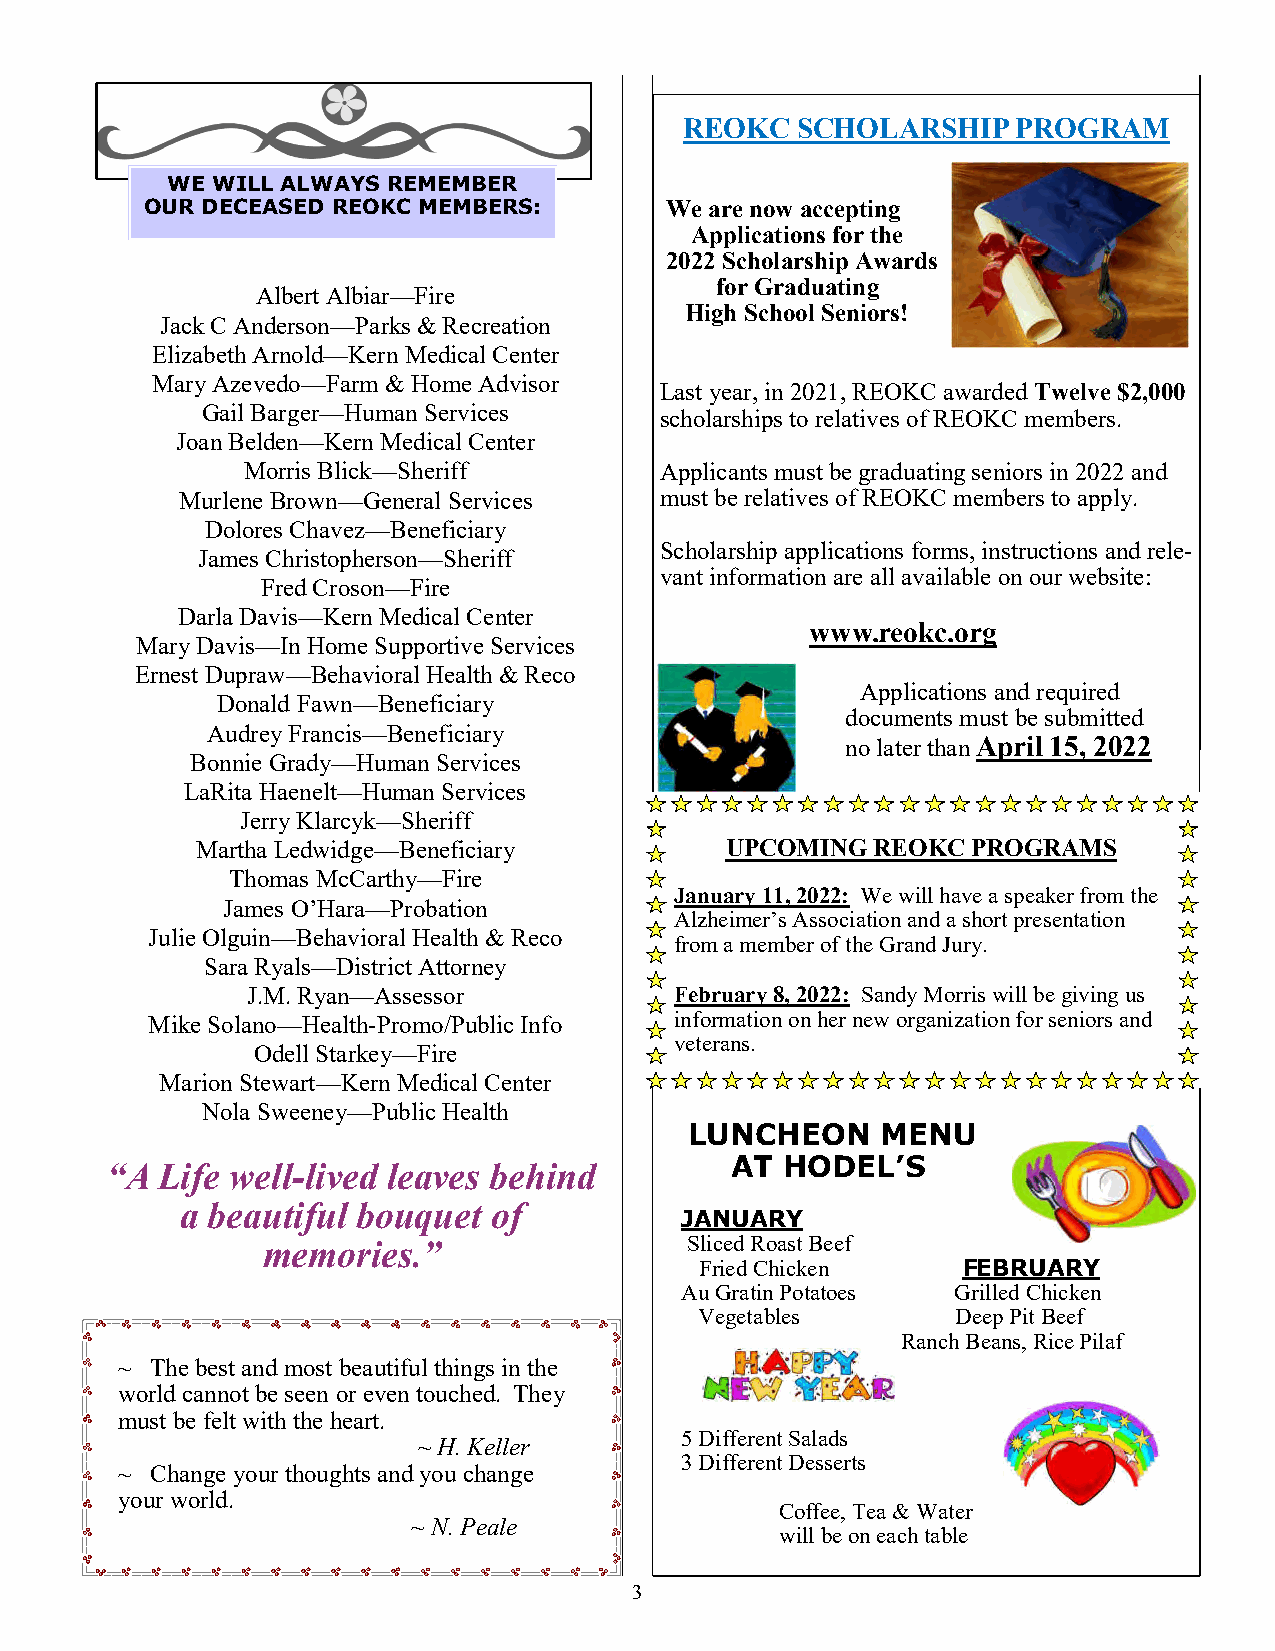
REOKC   SCHOLARSHIP   PROGRAM
 WE WILL ALWAYS REMEMBER
 OUR DECEASED REOKC MEMBERS:       We are now accepting
 Applications for the
 2022 Scholarship Awards
 for Graduating
 Albert Albiar—Fire
 High School Seniors!
 Jack C Anderson—Parks & Recreation
 Elizabeth Arnold—Kern Medical Center
 Mary Azevedo—Farm & Home Advisor
 Last year, in 2021, REOKC awarded Twelve $2,000
 Gail Barger—Human Services     scholarships to relatives of REOKC members.
 Joan Belden—Kern Medical Center
 Morris Blick—Sheriff        Applicants must be graduating seniors in 2022 and
 Murlene Brown—General Services  must be relatives of REOKC members to apply.
 Dolores Chavez—Beneficiary
 Scholarship applications forms, instructions and rele-
 James Christopherson—Sheriff
 vant information are all available on our website:
 Fred Croson—Fire
 Darla Davis—Kern Medical Center
 www.reokc.org
 Mary Davis—In Home Supportive Services
 Ernest Dupraw—Behavioral Health & Reco
 Applications and required
 Donald Fawn—Beneficiary
 documents must be submitted
 Audrey Francis—Beneficiary
 no later than April 15, 2022
 Bonnie Grady—Human Services
 LaRita Haenelt—Human Services
 Jerry Klarcyk—Sheriff
 Martha Ledwidge—Beneficiary        UPCOMING  REOKC PROGRAMS
 Thomas McCarthy—Fire
 January 11, 2022: We will have a speaker from the
 James O’Hara—Probation
 Alzheimer’s Association and a short presentation
 Julie Olguin—Behavioral Health & Reco
 from a member of the Grand Jury.
 Sara Ryals—District Attorney
 J.M. Ryan—Assessor           February 8, 2022: Sandy Morris will be giving us
 Mike Solano—Health-Promo/Public Info information on her new organization for seniors and
 veterans.
 Odell Starkey—Fire
 Marion Stewart—Kern Medical Center
 Nola Sweeney—Public Health
 LUNCHEON    MENU
 “A Life well-lived leaves behind         AT  HODEL’S
 a beautiful bouquet  of
 JANUARY
 memories.”                   Sliced Roast Beef
 Fried Chicken     FEBRUARY
 Au Gratin Potatoes Grilled Chicken
 Vegetables       Deep Pit Beef
 R anch Beans, Rice Pilaf
 ~ The best and most beautiful things in the
 world cannot be seen or even touched. They
 must be felt with the heart.
 5 Different Salads
 ~ H. Keller
 3 Different Desserts
 ~ Change your thoughts and you change
 your world.
 Coffee, Tea & Water
 ~ N. Peale
 will be on each table
 3